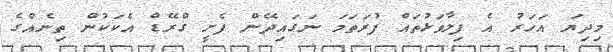
މިދިޔަ އަހަރު އެ ފިލާވަޅުތައް ފުރަތަމަ ނަގައިދޭން ފެށީ ގްރޭޑް އެކަކުން ތިނެއްގެ